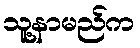
သူ့နာမည်က